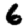
Digit: 6